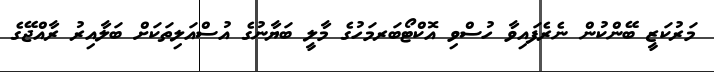
މަރުކަޒީ ބޭންކުން ނެރެފައިވާ ހުސްވި އޮކްޓޯބަރމަހުގެ މާލީ ބަޔާނުގެ އުސްއަލިތަކަށް ބަލާއިރު ރާއްޖޭގެ